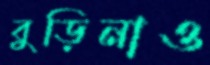
বুড়িনাও